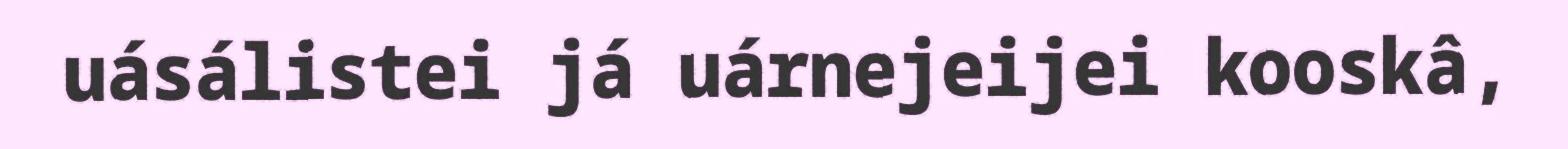
uásálistei já uárnejeijei kooskâ,